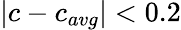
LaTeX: |c-c_{avg}|<0.2